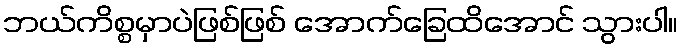
ဘယ်ကိစ္စမှာပဲဖြစ်ဖြစ် အောက်ခြေထိအောင် သွားပါ။